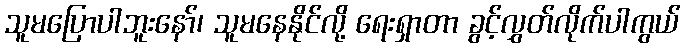
သူမပြောပါဘူးနော်၊ သူမနေနိုင်လို့ ရေးရှာတာ ခွင့်လွှတ်လိုက်ပါကွယ်